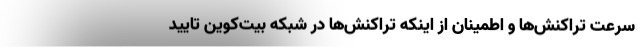
سرعت تراکنش‌ها و اطمینان از اینکه تراکنش‌ها در شبکه بیت‌کوین تایید